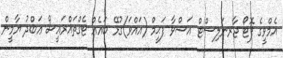
އެމްވީގެ ފޮޓޯ ޖާރނަލިސްޓް އަޝްވާ ފަޙީމް (އައްވަ)ގުޅޭ ބައެއް ޓެގްތައްރައީސް ޢަބްދު ޔާމީން